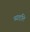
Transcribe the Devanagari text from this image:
व्याहृति